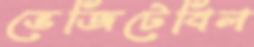
ভেজিটেবিল